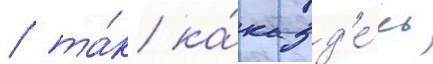
/ та́к ка́к зд'е́сь